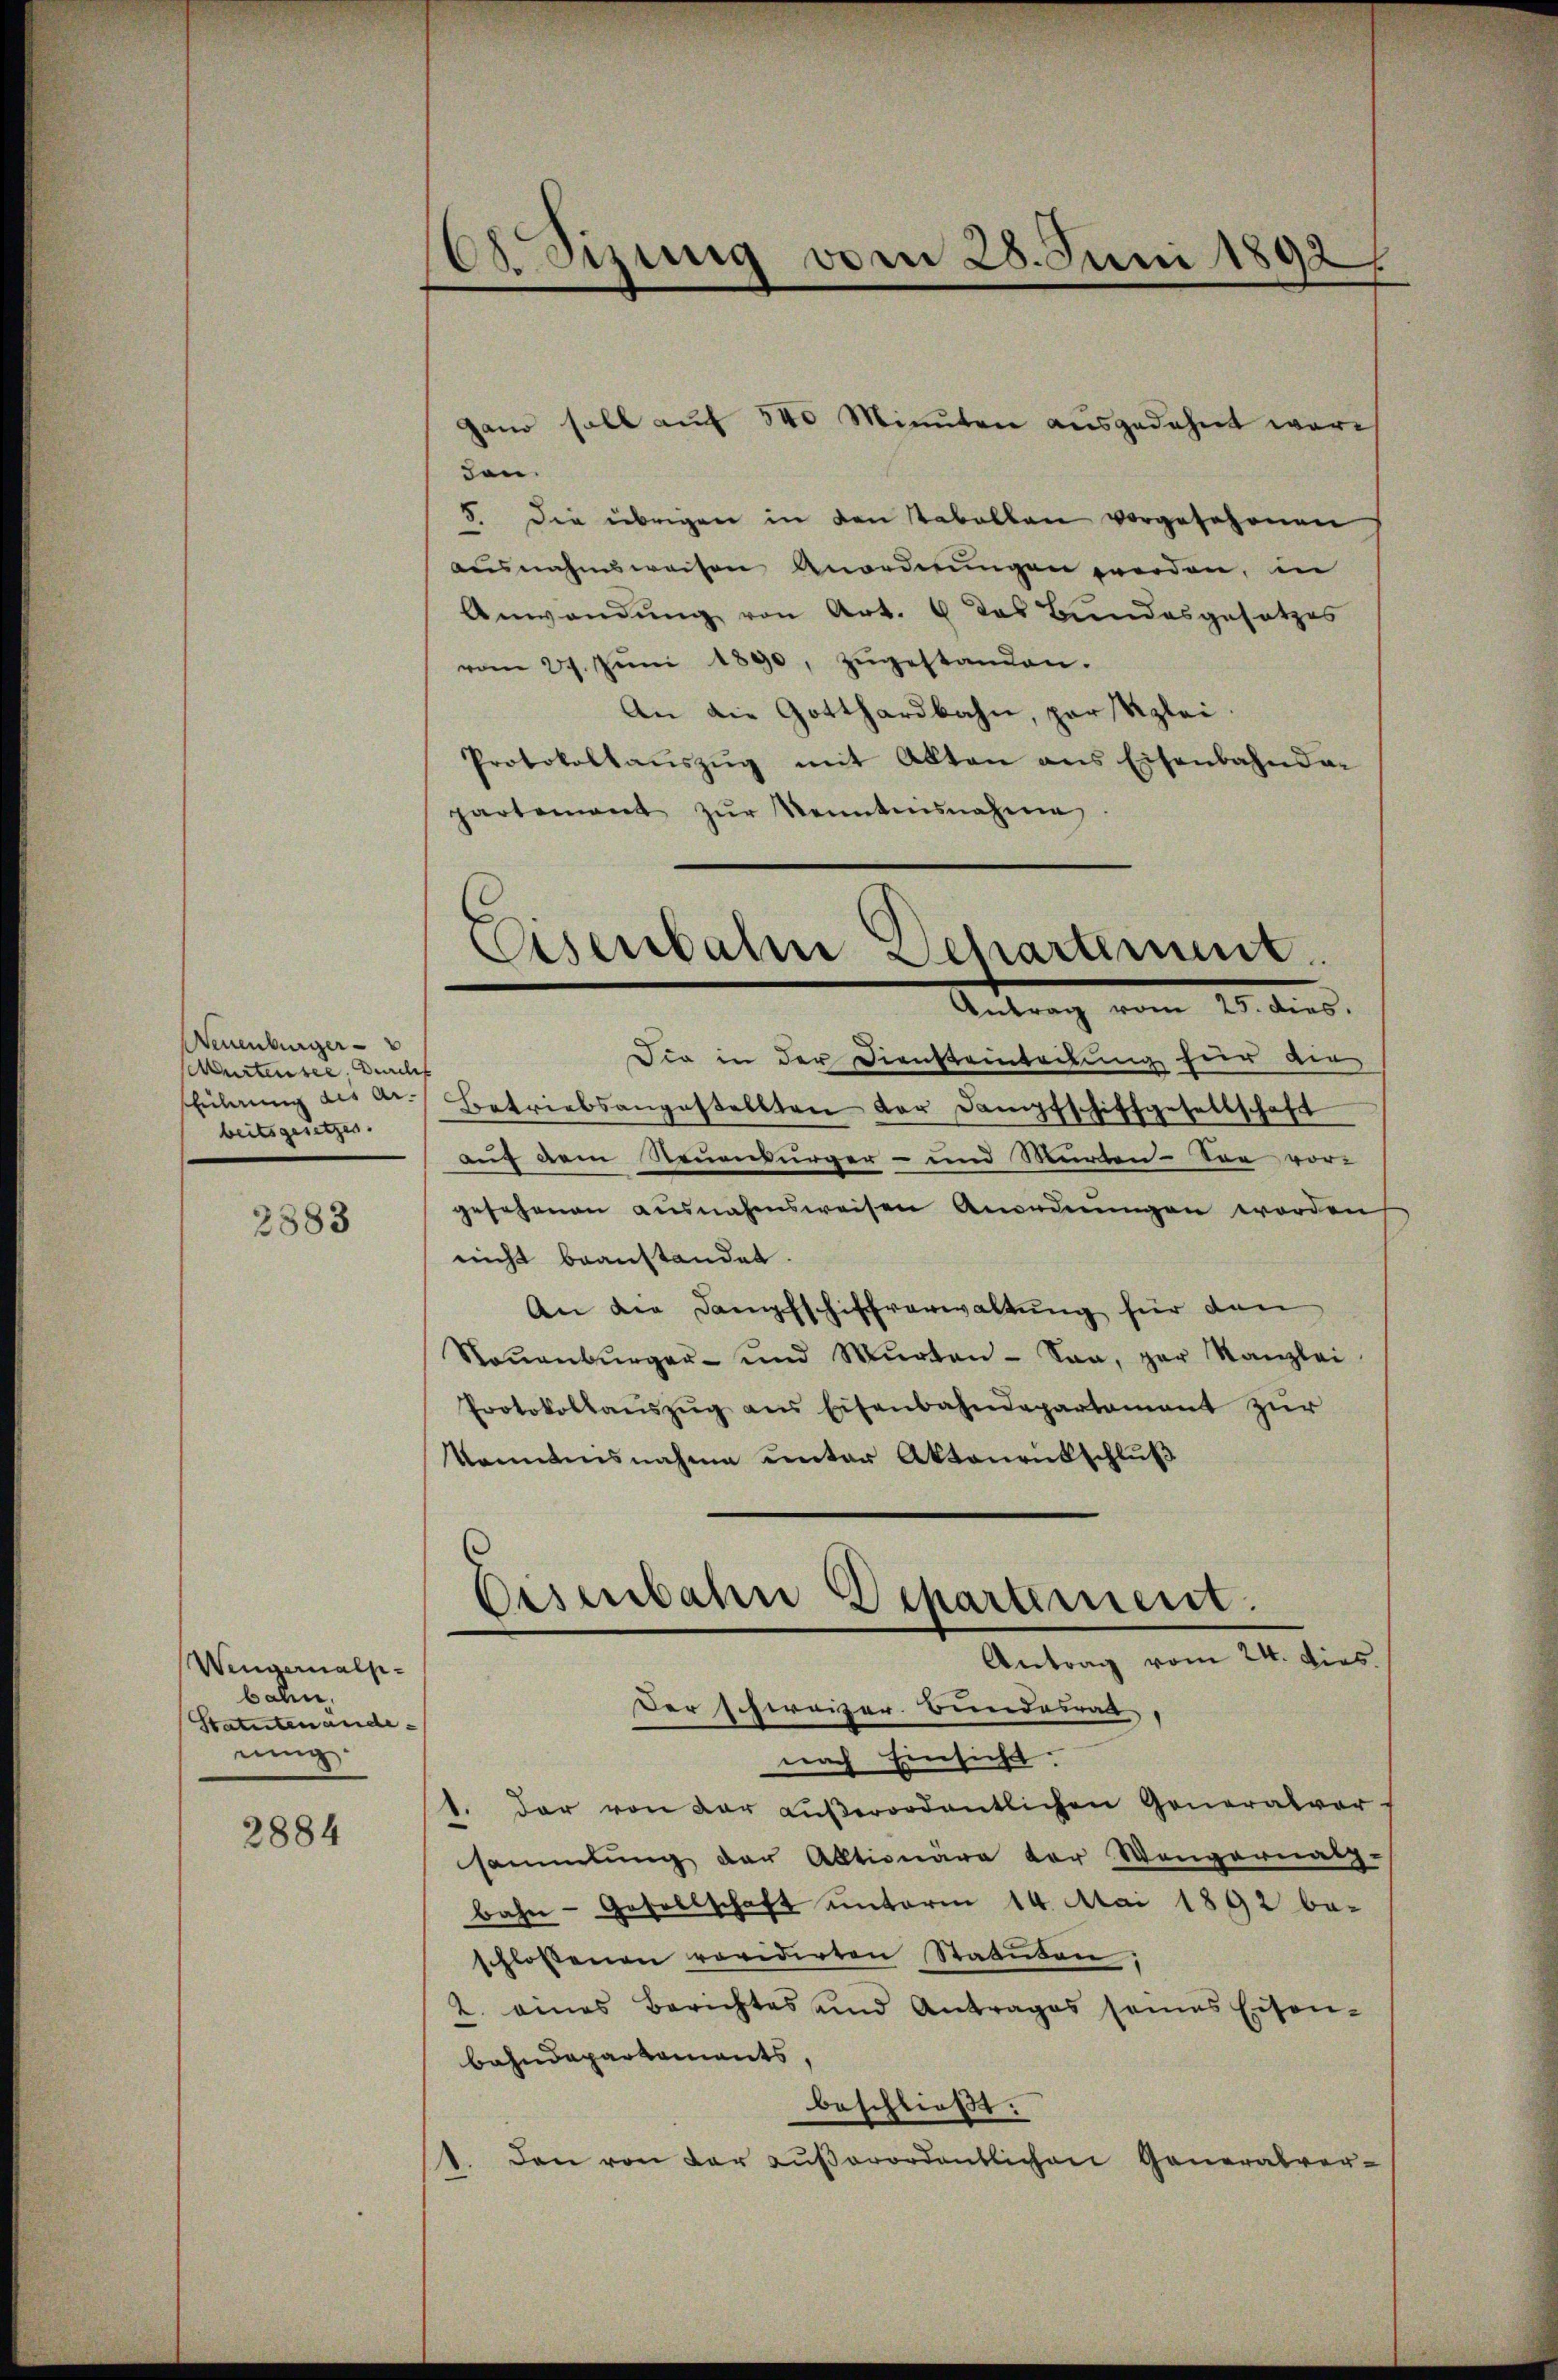
Neuenburger
Murtensee. Durch
schuldung des Arbeitsgesetzes.

2383

Wengernalpbahn,
Statutenande-
nng.

2884

Odizung vom 28. Juni 1892

gano soll auf 540 Minuten ausgedehnt wäre
den.
8. Die übrigen in den Tabellen vorgesehenen
ausnahmsweisen Anordnungen werden, in
Anwendung von Art. 6 das Bundesgesetzes
vom 27. Jŭni 1890, zŭgestanden.
An die Gotthardbahn, par Kzlei
Protokollaŭszŭg mit Alten ans Eisenbahndar
partement zŭr Kenntnisnahme
Antrag vom 10. dies.
Die in der Diensteintribung hier die
Betriebsangestellten der Dampfschiffgesellschaft
auf dem Neuenwürger- und Murten-See vor-
gesehenen ausnahmsweisen Anordnŭngen worden
nicht beanstandet.
An die Dampfschiffverwaltŭng für den
Saŭenbŭrger- und Murten- Saa, par Kanzlei
Protokollaŭszŭg ans Eisenbahndepartement zŭr
kanntensnahme unter Aktenrückschluß

Eisenbahn Departement

Eisenbahn Departement.
Antrag vom 24. dies.

Der schweizer Bundesrath,
nach Einsicht.
1. Der von der Lŭβerordentlichen Generalver-
sammlung der Aktionäre der Wangernatz-
bahn- Gesellschaft unterm 14. Mai 1892 be-
schlossenen revidirten Statuten:
2. eines Berichtes und Antrages seines Eisen-
bahndepartements,
beschließt:
1. Den von der aŭβerordentlichen Generalver-